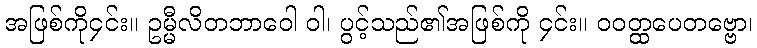
အဖြစ်ကို၄င်း။ ဥမ္မီလိတဘာဝေါ ဝါ၊ ပွင့်သည်၏အဖြစ်ကို ၄င်း။ ဝဝတ္ထပေတဗ္ဗော၊